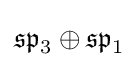
{\mathfrak {sp}}_{3}\oplus {\mathfrak {sp}}_{1}